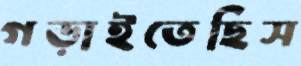
গড়াইতেছিস